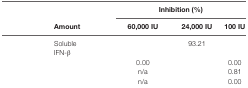
<table><thead><tr><td>[EMPTY_CELL]</td><td>[EMPTY_CELL]</td><td colspan="3"><b>Inhibition (%)</b></td></tr><tr><td>[EMPTY_CELL]</td><td><b>Amount</b></td><td><b>60,000 IU</b></td><td><b>24,000 IU</b></td><td><b>100 IU</b></td></tr></thead><tbody><tr><td rowspan="4">[EMPTY_CELL]</td><td>Soluble IFN-β</td><td>[EMPTY_CELL]</td><td>93.21</td><td>[EMPTY_CELL]</td></tr><tr><td>[EMPTY_CELL]</td><td>0.00</td><td>[EMPTY_CELL]</td><td>0.00</td></tr><tr><td>[EMPTY_CELL]</td><td>n/a</td><td>[EMPTY_CELL]</td><td>0.81</td></tr><tr><td>[EMPTY_CELL]</td><td>n/a</td><td>[EMPTY_CELL]</td><td>0.00</td></tr></tbody></table>